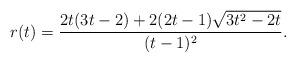
LaTeX: \begin{align*}r(t) = \frac{2t(3t-2) + 2(2t-1)\sqrt{3t^2 - 2t}}{(t-1)^2}.\end{align*}